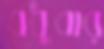
বধুবার